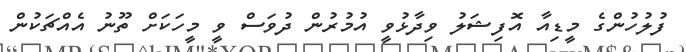
ފުލުހުންގެ މީޑިއާ އޮފިޝަލު ވިދާޅުވީ އުމުރުން ދުވަސް ވީ މީހަކަށް ތޫނު އެއްޗަކުން